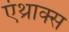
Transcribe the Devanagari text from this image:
एंथ्राक्स